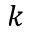
k